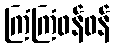
ကြံကြံဖန်ဖန်